Civil Veterinary Department. Central Provinces & Berar 1932-41 - 1932-1941
Year: 1932
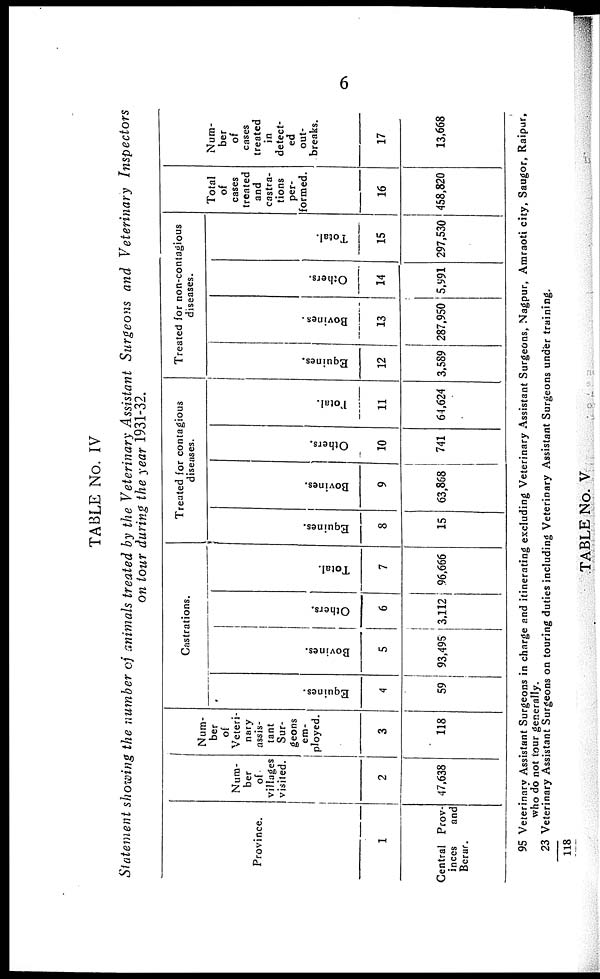
6
TABLE No. IV
Statement showing the number of animals treated by the Veterinary Assistant Surgeons and Veterinary Inspectors
on tour during the year 1931-32.
Province.
1
Central Prov-
inces
and
Berar.
Num-
ber
of
villages
visited.
2
47,638
Num-
ber
of
Veteri-
nary
assis-
tant
Sur-
geons
em-
ployed.
3
118
Castrations.
Equi nes .
4
59
Bovi nes .
5
93,495
Ot her s.
6
3,112
Tot al .
7
96,666
Treated for contagious
diseases.
Equi nes .
8
15
Bovi nes .
9
63,868
Ot her s .
10
741
Tot al .
11
64,624
Treated for non-contagious
diseases.
Equi nes .
12
3,589
Bovi nes .
13
287,950
Ot her s.
14
5,991
Tot al .
15
297,530
Total
of
cases
treated
and
castra-
tions
per-
formed.
16
458,820
Num-
ber
of
cases
treated
in
detect-
ed
out-
breaks.
17
13,668
95
23
118
Veterinary Assistant Surgeons in charge and itinerating excluding Veterinary Assistant Surgeons, Nagpur, Amraoti city, Saugor, Raipur,
who do not tour generally.
Veterinary Assistant Surgeons on touring duties including Veterinary Assistant Surgeons under training.